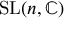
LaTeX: \mathrm { S L } ( n , \mathbb { C } )